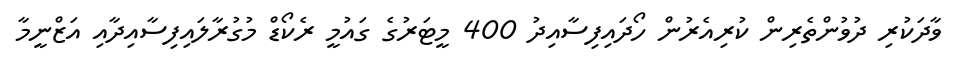
ވާދަކުރި ދުވުންތެރިން ކުރިއެރުން ހޯދައިފިސާއިދު 400 މީޓަރުގެ ގައުމީ ރެކޯޑް މުގުރާލައިފިސާއިދާއި އަޒްނީމާ